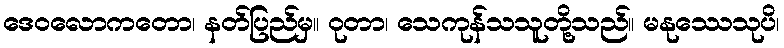
ဒေဝလောကတော၊ နတ်ပြည်မှ။ ဝုတာ၊ သေကုန်သသူတို့သည်။ မနုဿေသုပိ၊